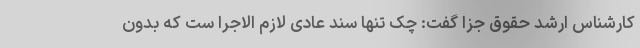
کارشناس ارشد حقوق جزا گفت: چک تنها سند عادی لازم الاجرا ست که بدون